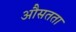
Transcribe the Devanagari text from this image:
औसतता